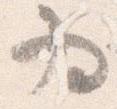
為